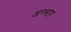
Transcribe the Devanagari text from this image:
अग्भाग